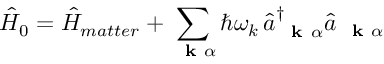
\hat { H } _ { 0 } = \hat { H } _ { m a t t e r } + \sum _ { \mathrm { ~ \bf ~ k ~ } \alpha } \hbar \omega _ { k } \, \hat { a } _ { \mathrm { ~ \bf ~ k ~ } \alpha } ^ { \dagger } \hat { a } _ { \mathrm { ~ \bf ~ k ~ } \alpha }